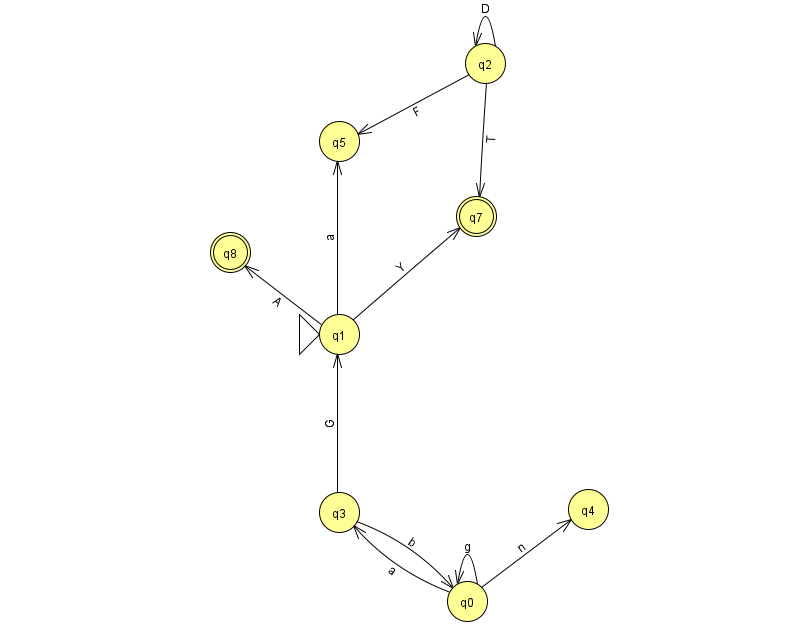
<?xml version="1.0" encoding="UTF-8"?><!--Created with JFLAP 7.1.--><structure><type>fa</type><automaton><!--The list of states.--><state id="0" name="q0"><x>467.0</x><y>588.0</y></state><state id="1" name="q1"><x>339.0</x><y>321.0</y><initial/></state><state id="2" name="q2"><x>485.0</x><y>50.0</y></state><state id="3" name="q3"><x>339.0</x><y>499.0</y></state><state id="4" name="q4"><x>588.0</x><y>496.0</y></state><state id="5" name="q5"><x>339.0</x><y>128.0</y></state><state id="7" name="q7"><x>476.0</x><y>203.0</y><final/></state><state id="8" name="q8"><x>230.0</x><y>239.0</y><final/></state><!--The list of transitions.--><transition><from>0</from><to>4</to><read>n</read></transition><transition><from>1</from><to>7</to><read>Y</read></transition><transition><from>2</from><to>7</to><read>T</read></transition><transition><from>2</from><to>5</to><read>F</read></transition><transition><from>0</from><to>3</to><read>a</read></transition><transition><from>2</from><to>2</to><read>D</read></transition><transition><from>0</from><to>0</to><read>g</read></transition><transition><from>3</from><to>0</to><read>b</read></transition><transition><from>1</from><to>8</to><read>A</read></transition><transition><from>1</from><to>5</to><read>a</read></transition><transition><from>3</from><to>1</to><read>G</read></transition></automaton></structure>